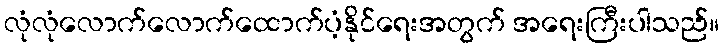
လုံလုံလောက်လောက်ထောက်ပံ့နိုင်ရေးအတွက် အရေးကြီးပါသည်။